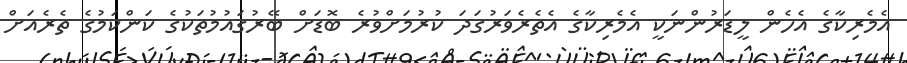
އެމެރިކާގެ އެހެން ލީޑަރުންނަކީ އެމެރިކާގެ އެތެރެވަރުގަދަ ކުރުމަށްވުރެ ބޮޑަށް ބޭރުގައުމުތަކުގެ ކަންކަމުގެ ތެރެއަށް